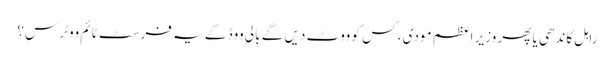
راہل گاندھی یا پھر وزیر اعظم مودی ، کس کو ووٹ دیں گے بالی ووڈ کے یہ فرسٹ ٹائم ووٹرس ؟